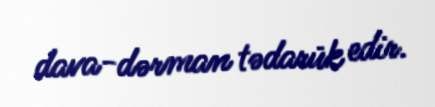
dava-dərman tədarük edir.